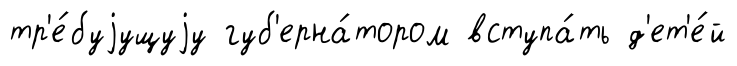
тр'е́буjущуjу губ'ерна́тором вступа́ть д'ет'е́й